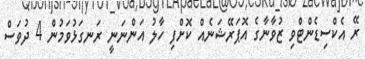
ރޭ އެކްސިޑެންޓްވި ޒުވާނާގެ އޮޕަރޭޝަނެއް ކޮށްފި ހާލު އަންނަނީ ރަނގަޅުވަމުން 4 ދުވަސް